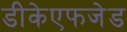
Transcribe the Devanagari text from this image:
डीकेएफजेड